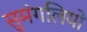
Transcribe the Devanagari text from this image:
सुमंगलियो